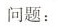
问题：